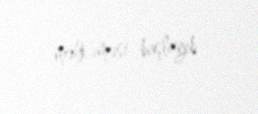
məhkəməsi başlayıb .